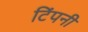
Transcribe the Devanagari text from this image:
टिंपनी